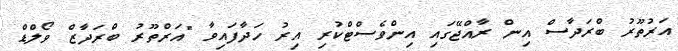
އަރުތޫރު ބްރަދާސް އިން ރާއްޖޭގައި އިންވެސްޓްކުރި އިރު ހަދާފައިވާ "އަރްތޫރު ބްރަދާޒް ވޯލްޑް